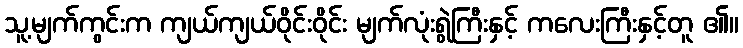
သူ့မျက်ကွင်းက ကျယ်ကျယ်ဝိုင်းဝိုင်း မျက်လုံးရွဲကြီးနှင့် ကလေးကြီးနှင့်တူ ၏။